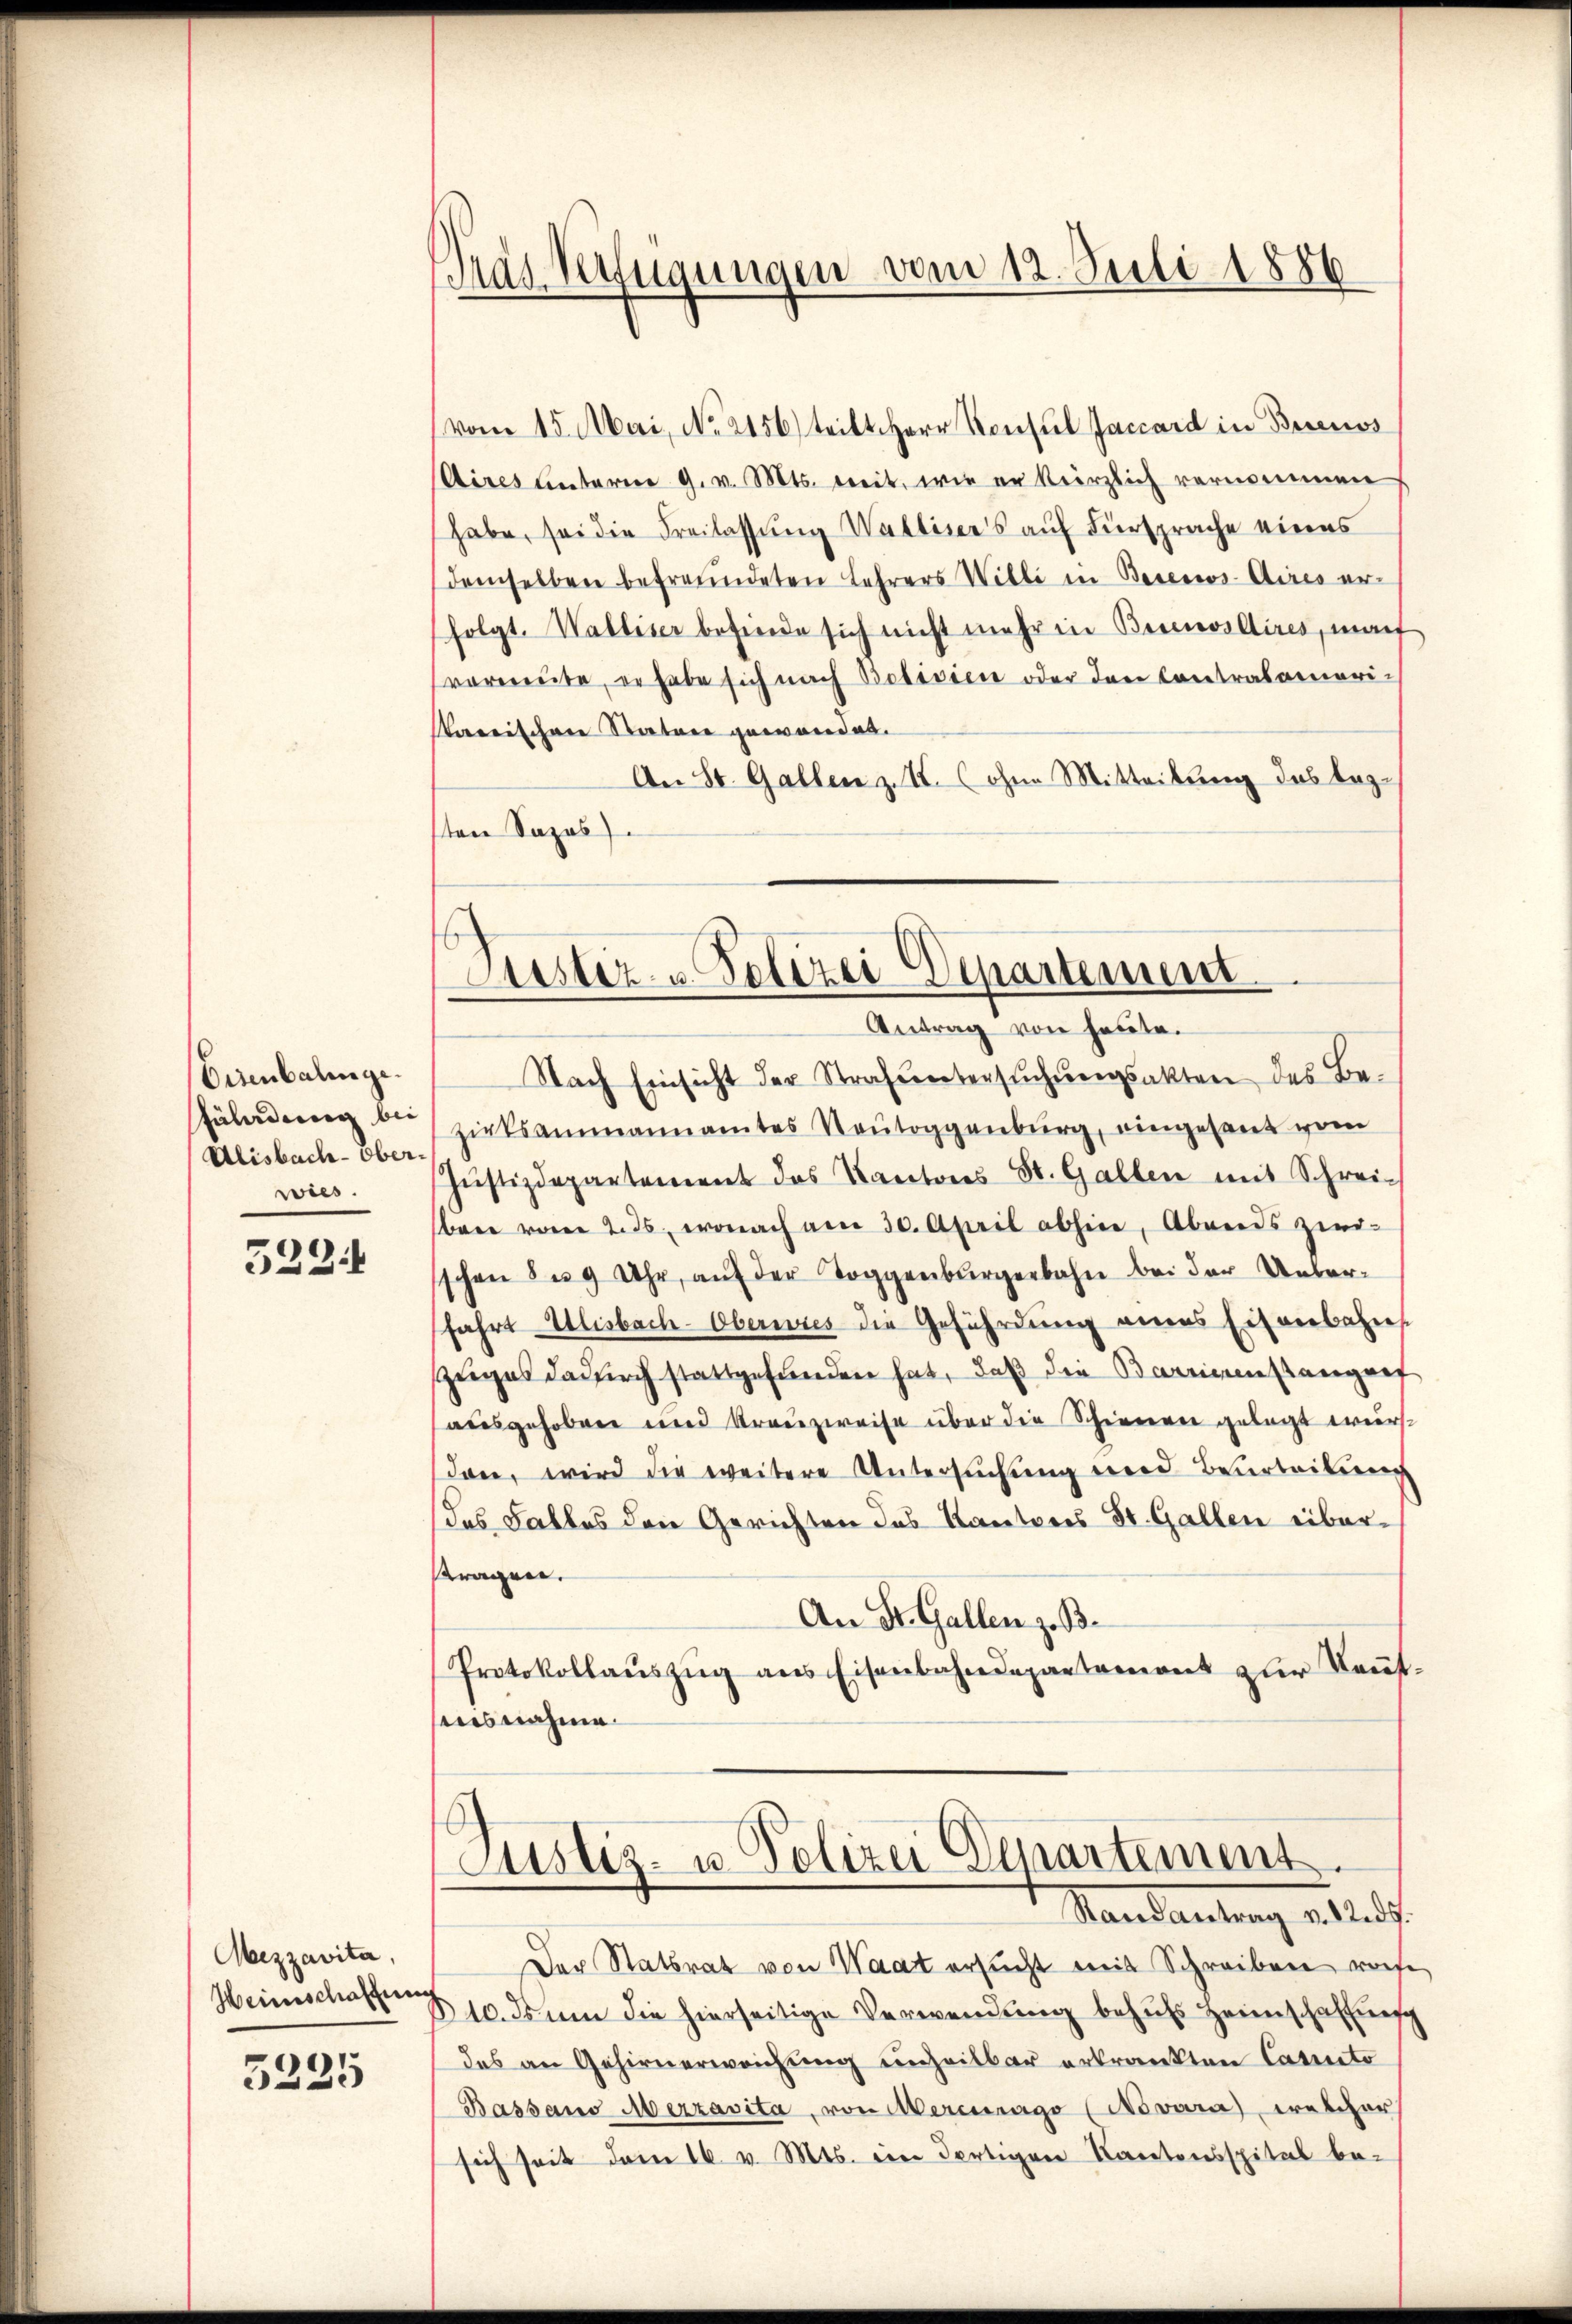
Eisenbalinge.
Füladung bei
Alisbach-Oberwies.

522

Mezzavita,
Heinschaffung

5225

vom 15. Mai, No. 2156) teilt Herr Konsul Jaccard in Buenos
(Aires unterm 9. v. Mts. weit, wie er kürzlich vernommen
habe, sei die Freilassung Wallisers auf Fürsprache eines
demselben befreundeten Lehrers Willi in Besens- Aires erfolgt. Walliser befinde sich nicht mehr in Bernos Aires, mach
vermute, er habe sich nach Bolivien oder den Contralamoriarrischen Stature gewandet.
An St. Gallen z. I. (ohne Mitteilung das beze
sten Sapos

Tras Verfügungen vom 12. Juli 1886

Justiz- u. Polizei Departement
Antrag von heute.

Nach Einsicht der Strafuntersŭchŭngsakten des Bezielsammannamtes Neŭtoggenburg, eingesant vom
Jŭstizdepartement das Kantons St. Gallen mit Schreibene vom 2. ds., wonach von 30. April abhine, Abends zwei-
schen 8 u. 9 Uhr, auf der Toggenburgerbahn bei der Unterfahrt Ulisbach-Oberwies die Geführdung eines Eisenbahns
zuges dadurch stattgefunden hat, daß die Barrienstangef
ausgehoben und Kranzweise über die Schienen gelegt werdon, wird die weitere Untersuchung und Beurteilung
das Falles den Gerichten das Kantons St. Gallen überragen.
An St. Gallen z. B.
Protokollauszug aus Eisenbahndepartement zur Kennt¬
Ausnahme.

Justiz- u. Polizei Departement.
Standantung an d

Der Statsrat von Waat ersucht mit Schreiben, wose
310. ds ŭm die hierseitige Verwendung behufs Heimschaffung
des an Gehirnerweichung unheilbar erkrankten Canto
Bassano Merzavita, von Mercurago (Novara) welcher
sich seit dem 16. v. Mts. ein Fertigen Kantonsspital be-